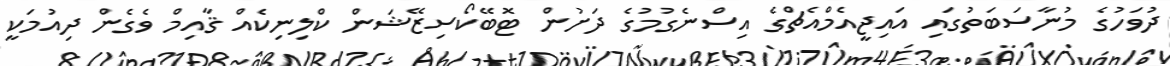
ދުވަހުގެ މުނާސަބަތުގައި އައިޖީއެމްއެޗްގެ އިސްނެގުމުގެ ދަށުން ޓޮބޭކޯސިޒޭޝަން ކްލިނިކެއް ޤާއިމް ވެގެން ދިއުމަކީ